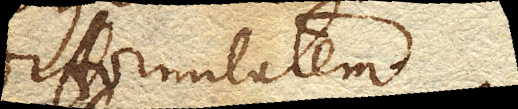
difformitatem.